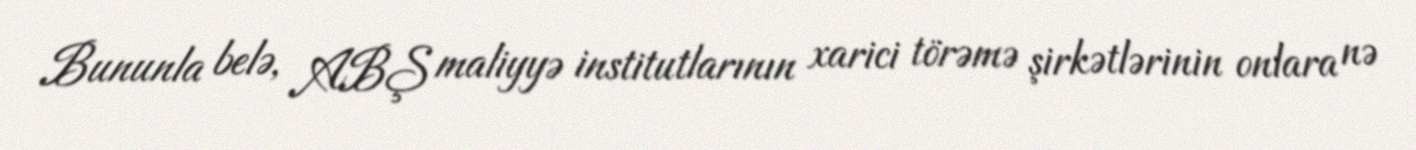
Bununla belə, ABŞ maliyyə institutlarının xarici törəmə şirkətlərinin onlara nə